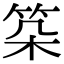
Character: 𥬲